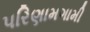
પરિણામગામી